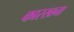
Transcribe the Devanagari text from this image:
कारखना